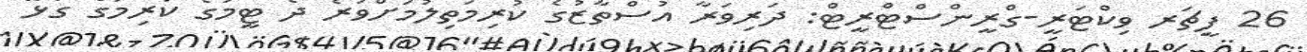
26 ފީޗަރ ވިކްޓަރީ-ގްރީންސްޓްރީޓް: ދަރިވަރާ އުސްތާޒުގެ ކުރިމަތިލުމަށްވުރެ ދެ ޓީމުގެ ކުރިމަގާ ގުޅޭ